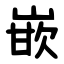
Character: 嵌